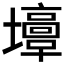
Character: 𡓣